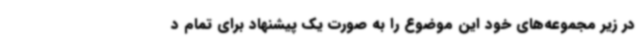
در زیر مجموعه‌های خود این موضوع را به صورت یک پیشنهاد برای تمام د